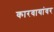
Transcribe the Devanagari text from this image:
कारवायांवर